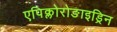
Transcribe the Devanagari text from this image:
एपिक्लोरोङाइड्रिन